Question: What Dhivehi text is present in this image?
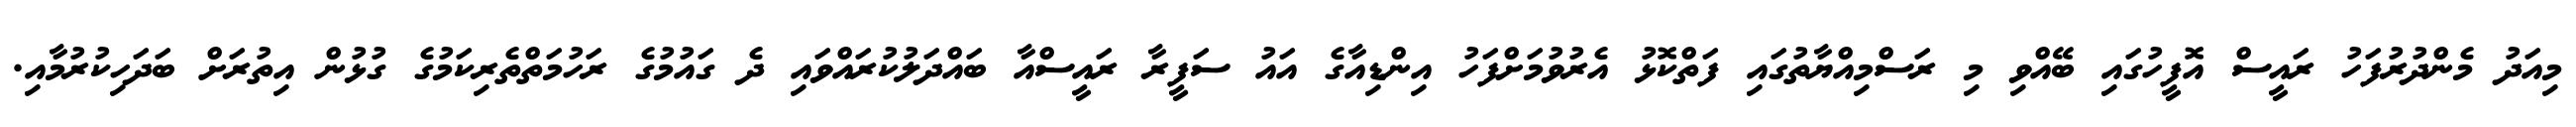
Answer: މިއަދު މެންދުރުފަހު ރައީސް އޮފީހުގައި ބޭއްވި މި ރަސްމިއްޔާތުގައި ފަތްކޮޅު އެރުވުމަށްފަހު އިންޑިއާގެ އައު ސަފީރާ ރައީސްއާ ބައްދަލުކުރައްވައި ދެ ގައުމުގެ ރަހުމަތްތެރިކަމުގެ ގުޅުން އިތުރަށް ބަދަހިކުރުމާއި.